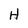
Character: H